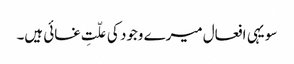
سو یہی افعال میرے وجود کی علّتِ غائی ہیں۔